Civil Veterinary Dept. Bombay admin report 1923-31 - 1923-1931
Year: 1923
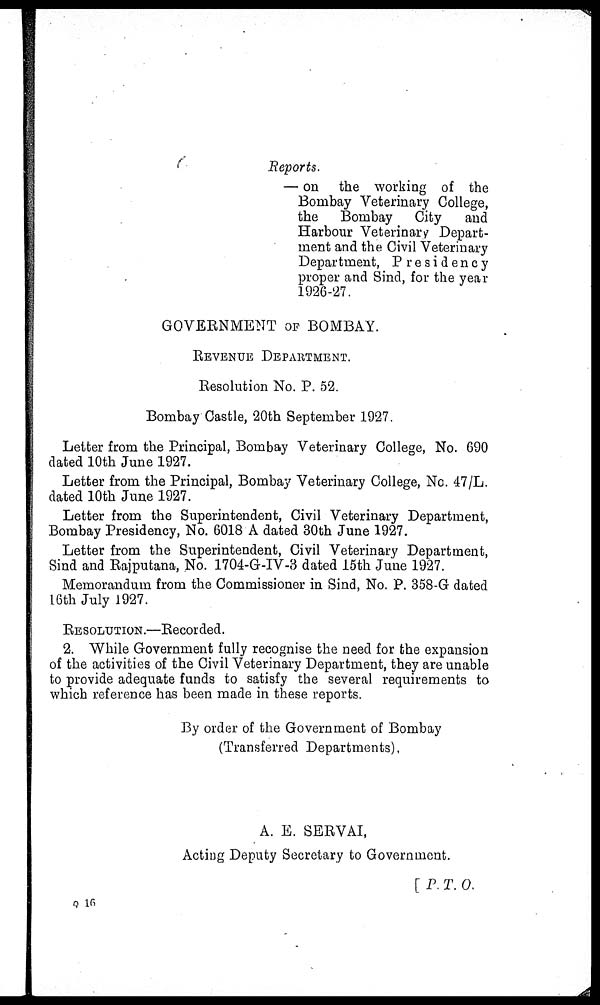
Reports.
— on the working of the
Bombay Veterinary College,
the
Bombay
City
and
Harbour Veterinary Depart-
ment and the Civil Veterinary
Department, Presidency
proper and Sind, for the year
1926-27.
GOVERNMENT OF BOMBAY.
REVENUE DEPARTMENT.
Resolution No. P. 52.
Bombay Castle, 20th September 1927.
Letter from the Principal, Bombay Veterinary College, No. 690
dated 10th June 1927.
Letter from the Principal, Bombay Veterinary College, No. 47/L.
dated 10th June 1927.
Letter from the Superintendent, Civil Veterinary Department,
Bombay Presidency, No. 6018 A dated 30th June 1927.
Letter from the Superintendent, Civil Veterinary Department,
Sind and Rajputana, No. 1704-G-IV-3 dated 15th June 1927.
Memorandum from the Commissioner in Sind, No. P. 358-G dated
16th July 1927.
RESOLUTION.—Recorded.
2. While Government fully recognise the need for the expansion
of the activities of the Civil Veterinary Department, they are unable
to provide adequate funds to satisfy the several requirements to
which reference has been made in these reports.
By order of the Government of Bombay
(Transferred Departments).
A. E. SERVAI,
Acting Deputy Secretary to Government.
[ P. T. O.
Q 16